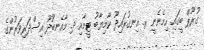
ގުރޫޕް ބީގައި ހިމެނެނީ ރ. އިނގުރައިދޫ ކާމިޔާބު ޓީމާއި ދ. މާއެނބޫދޫ އިސްދަރިވަރުންގެ